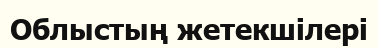
Облыстың жетекшілері